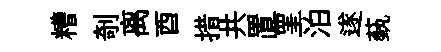
糟剞离酉措共置罣泊遂蓺